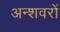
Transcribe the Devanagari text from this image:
अन्शवरों